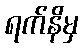
ရက်နိမှ